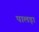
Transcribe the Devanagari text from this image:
पालड़ा